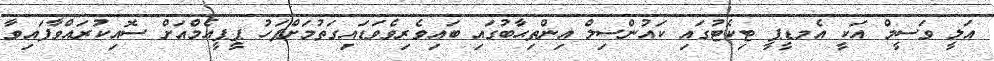
އަލީ ވަސީމް އަކީ އެމޑީޕީ ޓިކެޓުގައި ކައުންސިލް އިންތިޙާބުގައި ބައިވެރިވެވަޑައިގަތުމަށްފަހު ޕީޕީއެމްއަށް ސޮއިކުރައްވާފައިވާ